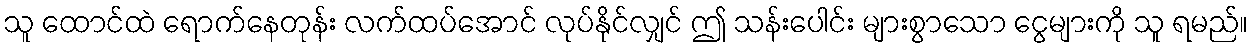
သူ ထောင်ထဲ ရောက်နေတုန်း လက်ထပ်အောင် လုပ်နိုင်လျှင် ဤ သန်းပေါင်း များစွာသော ငွေများကို သူ ရမည်။